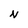
Character: N